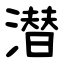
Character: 潜